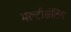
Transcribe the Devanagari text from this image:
मल्टीसेटिंग